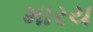
મારય